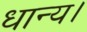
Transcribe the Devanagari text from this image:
धान्य।